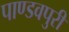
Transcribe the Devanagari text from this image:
पाण्डवपुरी